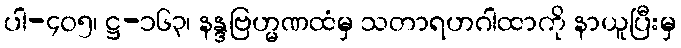
ပါ-၄၀၅၊ ဋ္ဌ-၁၆၃၊ နန္ဒဗြဟ္မဏထံမှ သတာရဟဂါထာကို နာယူပြီးမှ